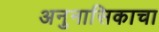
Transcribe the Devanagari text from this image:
अनुनासिकाचा